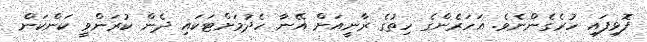
ފޮޅިފައި ހުރެގެންނެވެ. އަހަރެންގެ ހިތުގެ ރާނީއަށް އޭނާ ހެދުމަށްޓަކައި ދެން ކުރަންވީ ކަންކަން